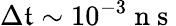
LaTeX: \Delta\mathfrak{t}\sim10^{-3}\mathrm{{~n~s~}}